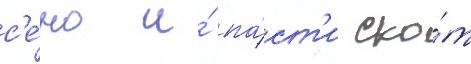
с'е́но и́ па́ст'и ско́т